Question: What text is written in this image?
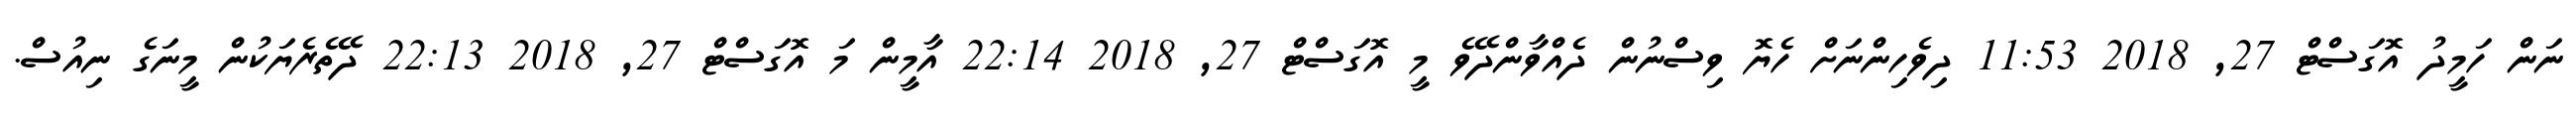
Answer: ނަން ހަމީދު އޮގަސްޓް 27, 2018 11:53 ދިވެހިންނަށް ހެޔޮ ވިސްނުން ދެއްވާންދޭވެ މީ އޮގަސްޓް 27, 2018 22:14 އާމީން މަ އޮގަސްޓް 27, 2018 22:13 ދޭތެރެޔަކުން މީނަގެ ނިއުސް.